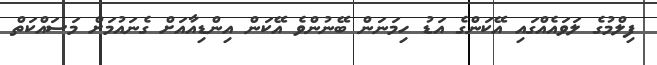
ފިލްމުގެ ލަވައެއްގައި އޭކަންގެ އަޑު ހިމަނަން ބޭނުންވެ އޭކަން އިންޑިއާއަށް ގެނައުމަށް މަސައްކަތް